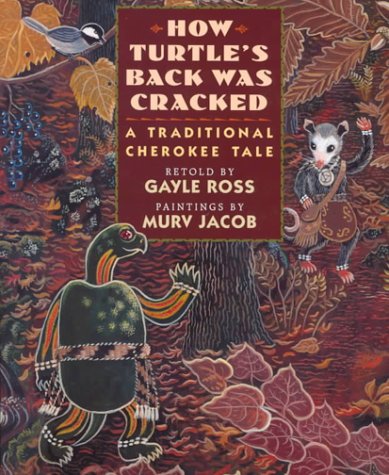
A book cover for How Turtle's Back Was Cracked: A Traditional Cherokee Tale; Gayle Ross; Children's Books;